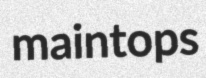
maintops